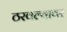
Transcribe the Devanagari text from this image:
ठरवल्यावर